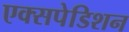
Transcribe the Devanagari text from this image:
एक्सपेडिशन